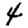
Digit: 4